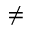
\neq